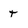
Character: t